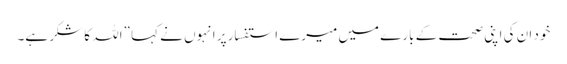
خود ان کی اپنی صحت کے بارے میں میرے استفسار پر انہوں نے کہا ”اللہ کا شکر ہے۔